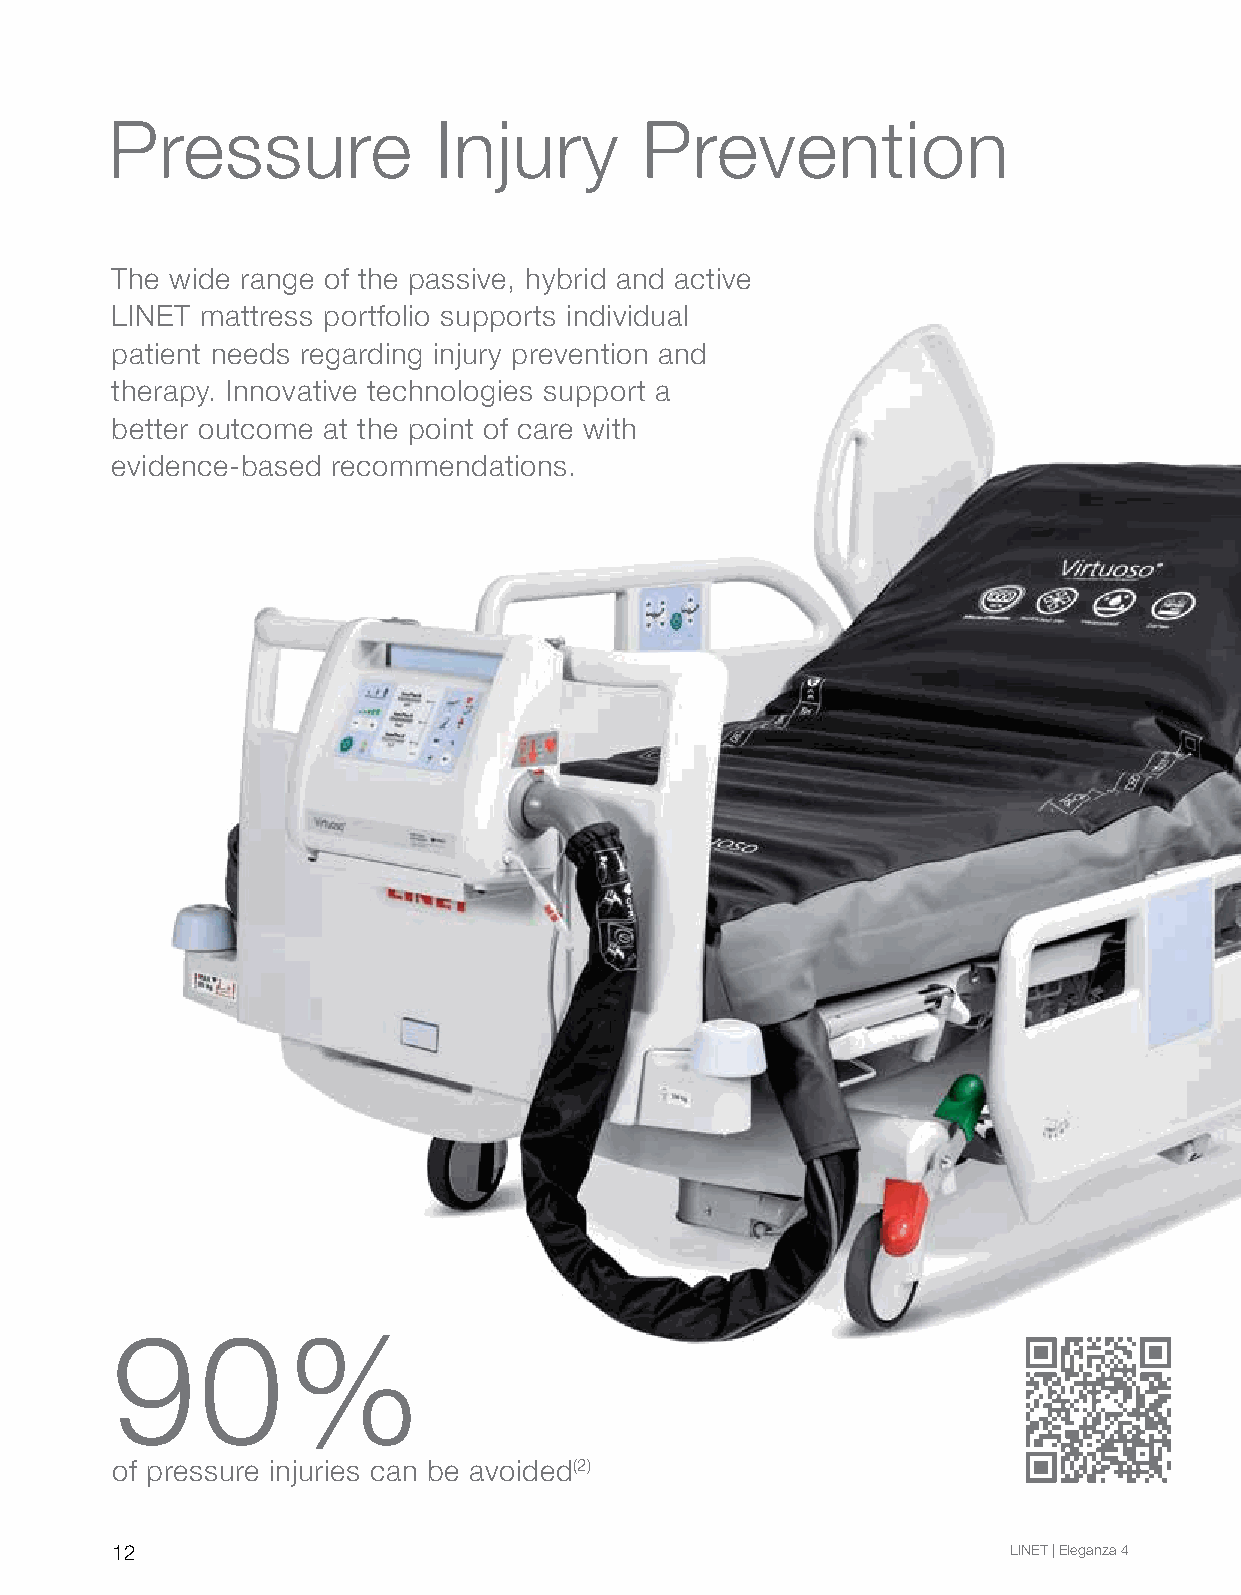
Pressure              Injury       Prevention
 The wide range of the passive, hybrid and active
 LINET mattress portfolio supports individual
 patient needs regarding injury prevention and
 therapy. Innovative technologies support a
 better outcome at the point of care with
 evidence-based recommendations.
 90%
 of pressure injuries can be avoided(2)
 12                                                          LINET | Eleganza 4